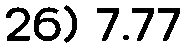
26) 7.77